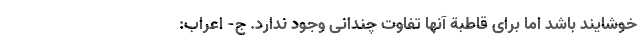
خوشایند باشد اما برای قاطبة آنها تفاوت چندانی وجود ندارد. ج- اعراب: